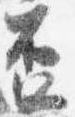
盃